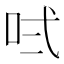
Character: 𠱌